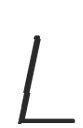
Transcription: L